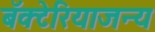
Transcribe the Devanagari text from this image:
बॅक्टेरियाजन्य